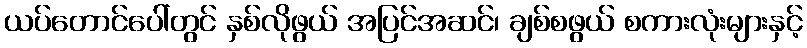
ယပ်တောင်ပေါ်တွင် နှစ်လိုဖွယ် အပြင်အဆင်၊ ချစ်စဖွယ် စကားလုံးများနှင့်